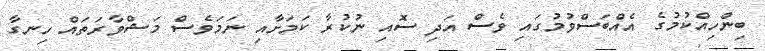
ބިންހިއްކުމުގެ އެއްބަސްވުމުގައި ވެސް އަދި ސޮއި ނުކުރާ ކަމަށާއި ނަމަވެސް މަޝްވާރަތައް ހިނގާ